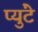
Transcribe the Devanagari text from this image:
प्युंटे